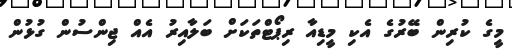
މީގެ ކުރިން ބޭރުގެ އެކި މީޑިއާ ރިޕޯޓްތަކަށް ބަލާއިރު އެއް ޖިންސުން ގުޅުން